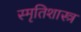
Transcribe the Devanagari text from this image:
स्मृतिशास्त्र